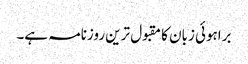
براہوئی زبان کا مقبول ترین روزنامہ ہے۔